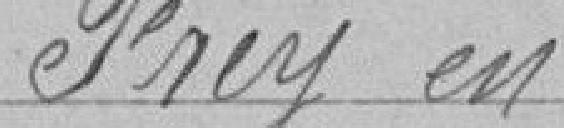
Frey en